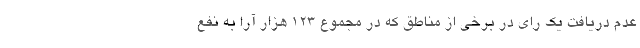
عدم دریافت یک رای در برخی از مناطق که در مجموع ۱۲۳ هزار آرا به نفع